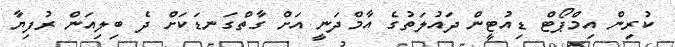
ކުރިން އިމްޕޯޓް ޑިއުޓީން ދައުލަތުގެ އާމްދަނީ އަށް ގާތްގަނޑަކަށް ދެ ބިލިއަން ރުފިޔާ